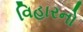
વિહારનો